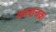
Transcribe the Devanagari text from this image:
कलाचक्र